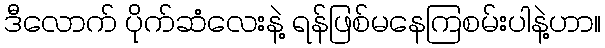
ဒီလောက် ပိုက်ဆံလေးနဲ့ ရန်ဖြစ်မနေကြစမ်းပါနဲ့ဟာ။